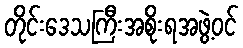
တိုင်းဒေသကြီးအစိုးရအဖွဲ့ဝင်